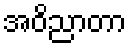
အဝိညာတာ